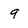
Character: 9